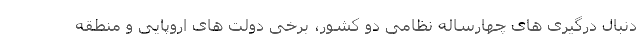
دنبال درگیری های چهارساله نظامی دو کشور، برخی دولت های اروپایی و منطقه